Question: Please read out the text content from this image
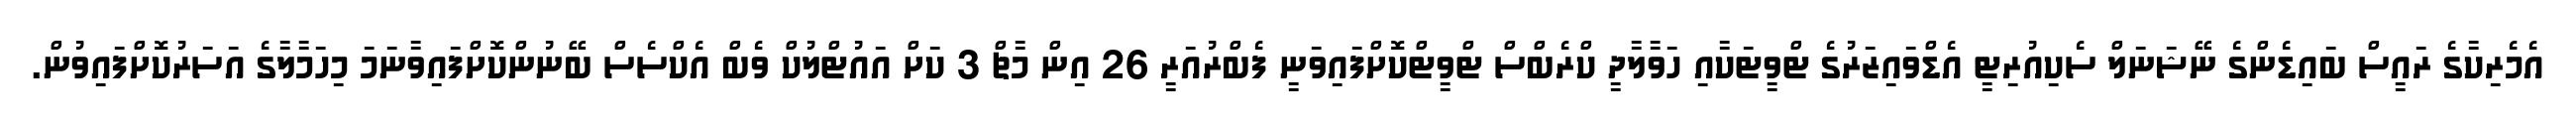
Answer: އެމެރިކާގެ ރައީސް ބައިޑެންގެ ނޭޝަނަލް ސެކިއުރިޓީ އެޑްވައިޒަރުގެ ޓްވީޓަކާއި ހަވާލާދީ ކްރެބްސް ޓްވީޓްކޮށްފައިވަނީ ފެބްރުއަރީ 26 އިން މާޗް 3 ކަށް އައުޓްލުކް ވެބް އެކްސެސް ބޭނުންކޮށްފައިވާނަމަ މިހަމާލާގެ އަސަރުކޮށްފައިވުން.